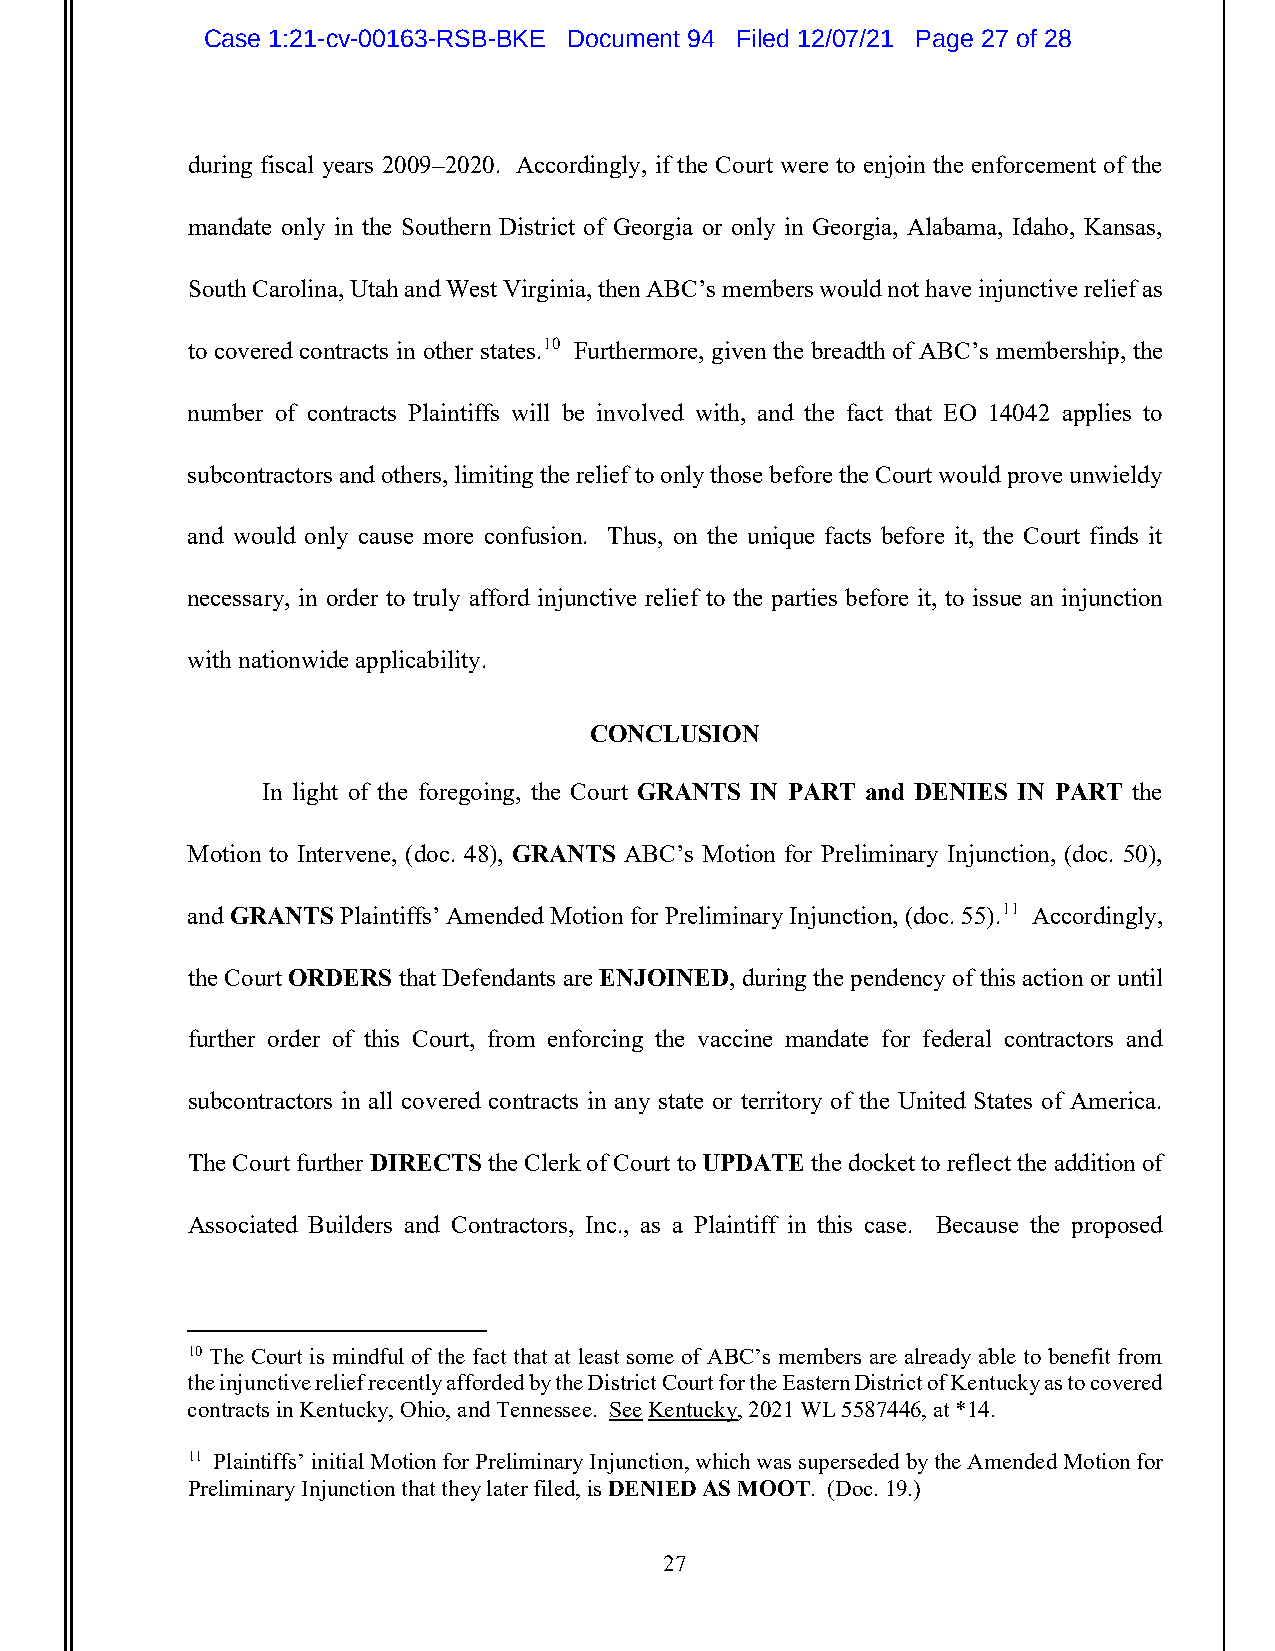
Case 1:21-cv-00163-RSB-BKE Document 94 Filed 12/07/21 Page 27 of 28
 during fiscal years 2009–2020. Accordingly, if the Court were to enjoin the enforcement of the
 mandate only in the Southern District of Georgia or only in Georgia, Alabama, Idaho, Kansas,
 South Carolina, Utah and West Virginia, then ABC’s members would not have injunctive relief as
 to covered contracts in other states.10 Furthermore, given the breadth of ABC’s membership, the
 number of contracts Plaintiffs will be involved with, and the fact that EO 14042 applies to
 subcontractors and others, limiting the relief to only those before the Court would prove unwieldy
 and would only cause more confusion. Thus, on the unique facts before it, the Court finds it
 necessary, in order to truly afford injunctive relief to the parties before it, to issue an injunction
 with nationwide applicability.
 CONCLUSION
 In light of the foregoing, the Court GRANTS IN PART and DENIES IN PART the
 Motion to Intervene, (doc. 48), GRANTS ABC’s Motion for Preliminary Injunction, (doc. 50),
 and GRANTS Plaintiffs’ Amended Motion for Preliminary Injunction, (doc. 55).11 Accordingly,
 the Court ORDERS that Defendants are ENJOINED, during the pendency of this action or until
 further order of this Court, from enforcing the vaccine mandate for federal contractors and
 subcontractors in all covered contracts in any state or territory of the United States of America.
 The Court further DIRECTS the Clerk of Court to UPDATE the docket to reflect the addition of
 Associated Builders and Contractors, Inc., as a Plaintiff in this case. Because the proposed
 10 The Court is mindful of the fact that at least some of ABC’s members are already able to benefit from
 the injunctive relief recently afforded by the District Court for the Eastern District of Kentucky as to covered
 contracts in Kentucky, Ohio, and Tennessee. See Kentucky, 2021 WL 5587446, at *14.
 11 Plaintiffs’ initial Motion for Preliminary Injunction, which was superseded by the Amended Motion for
 Preliminary Injunction that they later filed, is DENIED AS MOOT. (Doc. 19.)
 27